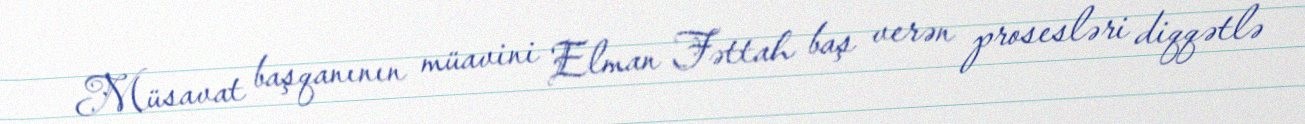
Müsavat başqanının müavini Elman Fəttah baş verən prosesləri diqqətlə